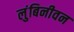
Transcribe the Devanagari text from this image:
लुंबिनीवन